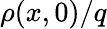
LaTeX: \rho(x,0)/q